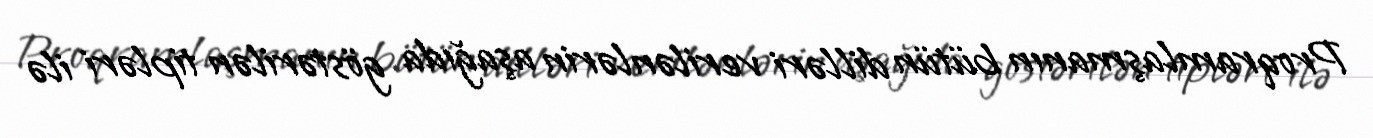
Proqramlaşmanın bütün dilləri verilənlərin aşağıda göstərilən tipləri ilə